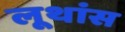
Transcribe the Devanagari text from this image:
लूथांस